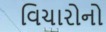
વિચારોનો